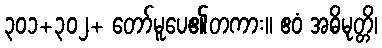
၃၀၁+၃၀၂+ တော်မူပေ၏တကား။ ဧဝံ အဓိမုတ္တိ၊